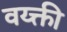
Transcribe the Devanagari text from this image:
वय्क्ती